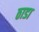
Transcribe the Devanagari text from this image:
ठाडा